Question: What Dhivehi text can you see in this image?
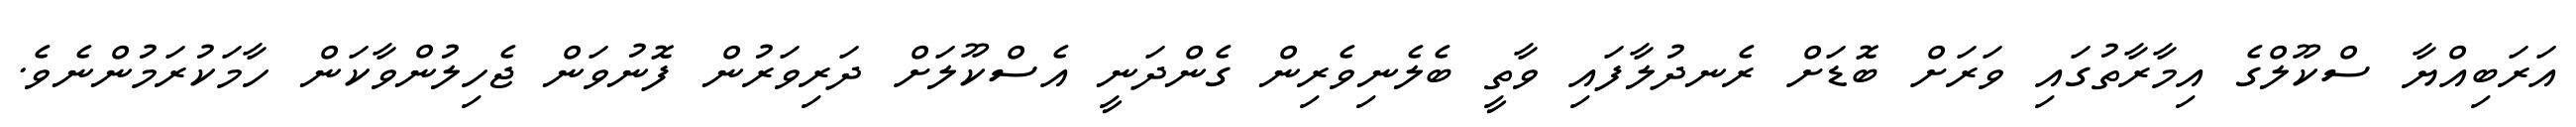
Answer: އަރަބިއްޔާ ސްކޫލްގެ އިމާރާތުގައި ވަރަށް ބޮޑަށް ރެނދުލާފައި ވާތީ ބެލެނިވެރިން ގެންދަނީ އެސްކޫލަށް ދަރިވަރުން ފޮނުވަން ޖެހިލުންވާކަން ހާމަކުރަމުންނެވެ.